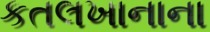
કતલખાનાના